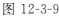
图12-3-9